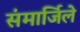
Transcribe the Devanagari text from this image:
संमार्जिले